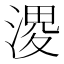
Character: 溭